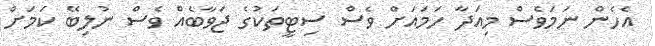
އެހެން ނަމަވެސް މިއަދާ ހަމައަށް ވެސް ސިޓީތަކުގެ ޖަވާބެއް ވެސް ނުލިބޭ ކަމަށް